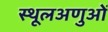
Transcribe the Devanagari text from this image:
स्थूलअणुओं